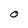
Character: O